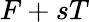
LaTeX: F+sT